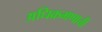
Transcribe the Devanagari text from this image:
अधिक्रमणाची